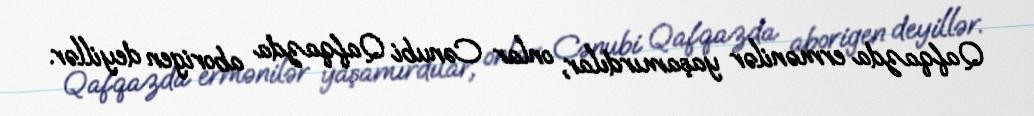
Qafqazda ermənilər yaşamırdılar, onlar Cənubi Qafqazda aborigen deyillər.